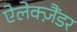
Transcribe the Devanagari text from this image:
ऐलेक्ज़ैंडर